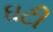
ઘટી